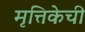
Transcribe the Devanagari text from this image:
मृत्तिकेची